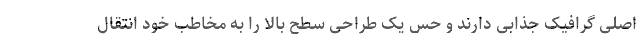
اصلی گرافیک جذابی دارند و حس یک طراحی سطح بالا را به مخاطب خود انتقال